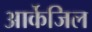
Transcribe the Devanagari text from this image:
आर्केजिल